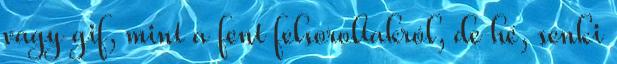
vagy gif, mint a fent felsoroltakról, de hé, senki